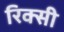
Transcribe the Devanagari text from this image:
रिक्सी